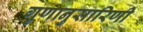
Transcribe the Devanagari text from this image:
गुणानुसारिणी